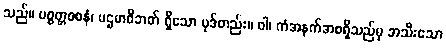
သည်။ ပစ္စတ္တဝစနံ၊ ပဌမာဝိဘတ် ရှိသော ပုဒ်တည်း။ ဝါ၊ ကံအနက်အစရှိသည်မှ အသီးသော